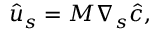
\hat { u } _ { s } = M \nabla _ { s } { \hat { c } } ,